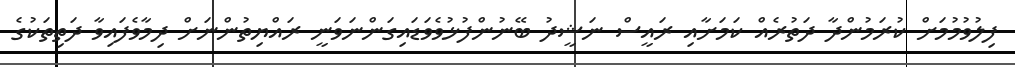
ފިލުވުމުމަށް ކުރަމުންދާ ދަތުރެއް ކަމަށާއި ރައީސް ނަޝީދު ބޭނުންފުޅުވެވަޑައިގަންނަވަނީ ރައްޔިތުންނަށް ދިމާވެފައިވާ ދަތިތަކުގެ